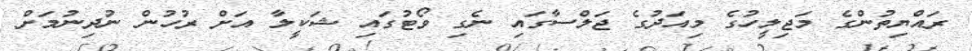
ރައްޔިތުންގެ މަޖިލީހުގެ މިއަދުގެ ޖަލްސާގައި ނެގި ވޯޓުގައި ޝަކީލާ އަށް ރުހުން ނުދިނުމަށް